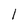
Character: 1